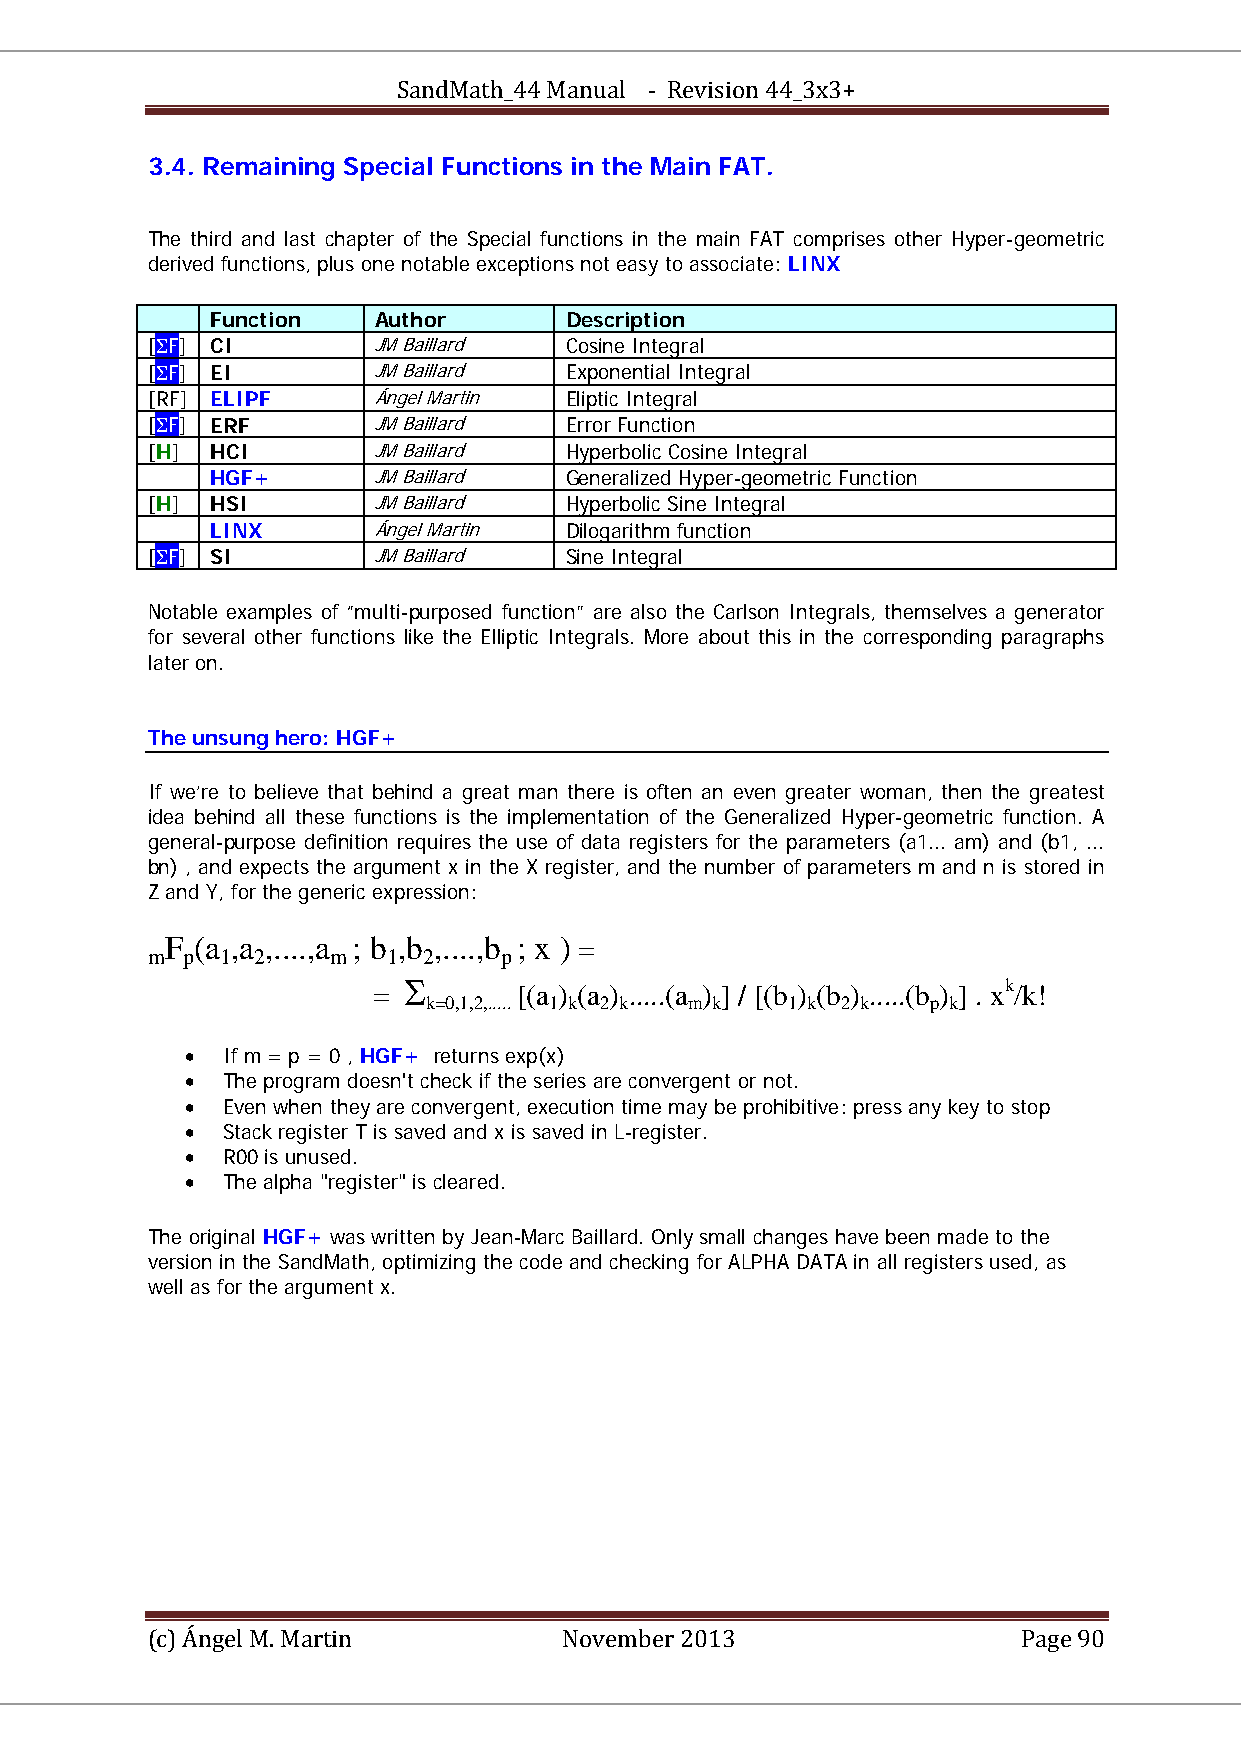
SandMath_44 Manual - Revision 44_3x3+
 3.4. Remaining Special Functions in the Main FAT.
 The third and last chapter of the Special functions in the main FAT comprises other Hyper-geometric
 derived functions, plus one notable exceptions not easy to associate: LINX
 Function   Author      Description
 [ΣF] CI        JM Baillard Cosine Integral
 [ΣF] EI        JM Baillard Exponential Integral
 [RF] ELIPF     Ángel Martin Eliptic Integral
 [ΣF] ERF       JM Baillard Error Function
 [H] HCI        JM Baillard Hyperbolic Cosine Integral
 HGF+       JM Baillard Generalized Hyper-geometric Function
 [H] HSI        JM Baillard Hyperbolic Sine Integral
 LINX       Ángel Martin Dilogarithm function
 [ΣF] SI        JM Baillard Sine Integral
 Notable examples of “multi-purposed function” are also the Carlson Integrals, themselves a generator
 for several other functions like the Elliptic Integrals. More about this in the corresponding paragraphs
 later on.
 The unsung hero: HGF+
 If we’re to believe that behind a great man there is often an even greater woman, then the greatest
 idea behind all these functions is the implementation of the Generalized Hyper-geometric function. A
 general-purpose definition requires the use of data registers for the parameters (a1... am) and (b1, ...
 bn) , and expects the argument x in the X register, and the number of parameters m and n is stored in
 Z and Y, for the generic expression:
 F (a ,a ,....,a ; b ,b ,....,b ; x ) =
 m p  1 2    m   1 2    p
 BB BB BB BB BB BB BB BB BB BB BB BB BB BB BB BB
 = Σ      [(a ) (a ) .....(a ) ] / [(b ) (b ) .....(b ) ] . xk/k!
 BBk=0,1,2,..... BB BB1 BB BBk BB BB2 BB BBk BB BBm BB BBk BB BB1 BB BBk BB BB2 BB BBk BB BBp BB BBk BB PP PP
 •  If m = p = 0 , HGF+ returns exp(x)
 •  The program doesn't check if the series are convergent or not.
 •  Even when they are convergent, execution time may be prohibitive: press any key to stop
 •  Stack register T is saved and x is saved in L-register.
 •  R00 is unused.
 •  The alpha "register" is cleared.
 The original HGF+ was written by Jean-Marc Baillard. Only small changes have been made to the
 version in the SandMath, optimizing the code and checking for ALPHA DATA in all registers used, as
 well as for the argument x.
 (c) Ángel M. Martin        November 2013                  Page 90